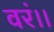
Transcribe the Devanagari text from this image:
वरं।।